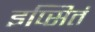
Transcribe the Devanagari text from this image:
इप्सितं